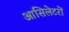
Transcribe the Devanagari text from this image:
आसिलेटरों